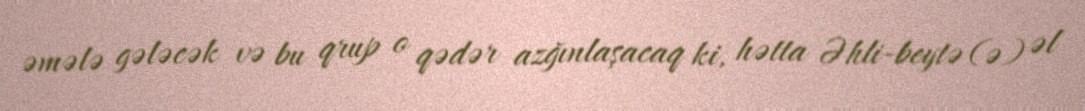
əmələ gələcək və bu qrup o qədər azğınlaşacaq ki, hətta Əhli-beytə (ə) əl